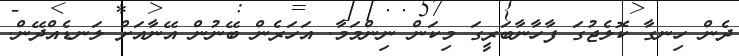
ދެން ހިނގާ ކޮލެޖުގަ ފާހާނާބަރީގަ މިކަން ނިންމަމާ. އަހަރެން ބޭނުން އޭނާއަށް ލަނޑެއްދޭން.